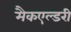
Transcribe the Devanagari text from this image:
मैकएल्डरी